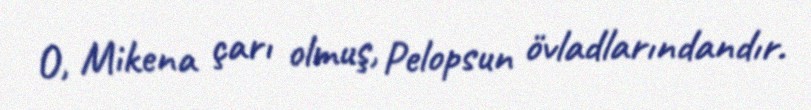
O, Mikena çarı olmuş, Pelopsun övladlarındandır.